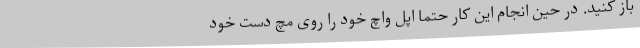
باز کنید. در حین انجام این کار حتماً اپل واچ خود را روی مچ دست خود